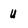
Character: u